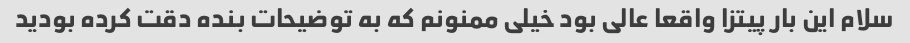
سلام این بار پیتزا واقعا عالی بود خیلی ممنونم که به توضیحات بنده دقت کرده بودید